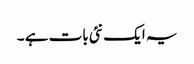
یہ ایک نئی بات ہے ۔